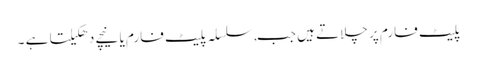
پلیٹ فارم پر چلاتے ہیں جب, سلسلہ پلیٹ فارم یا نیچے دھکیلتا ہے ۔